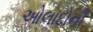
ઓલાદોની